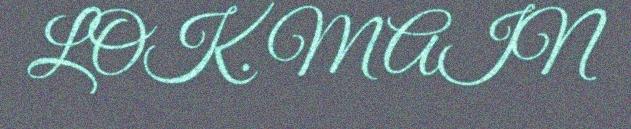
LOK. MAIN